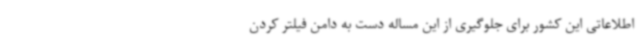
اطلاعاتی این کشور برای جلوگیری از این مساله دست به دامن فیلتر کردن